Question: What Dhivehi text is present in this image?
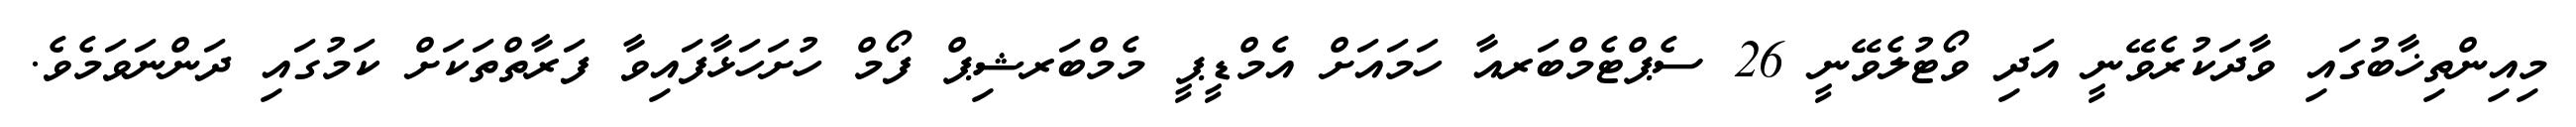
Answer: މިއިންތިޚާބުގައި ވާދަކުރެވޭނީ އަދި ވޯޓުލެވޭނީ 26 ސެޕްޓެމްބަރއާ ހަމައަށް އެމްޑީޕީ މެމްބަރޝިޕް ފޯމް ހުށަހަޅާފައިވާ ފަރާތްތަކަށް ކަމުގައި ދަންނަވަމެވެ.